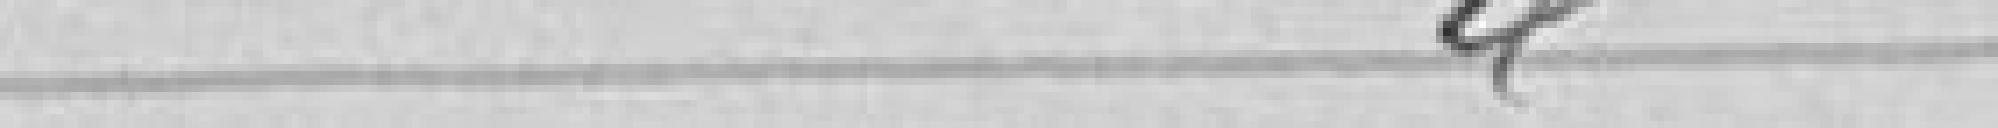
"